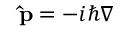
\mathbf { \hat { p } } = - i \hbar \nabla